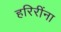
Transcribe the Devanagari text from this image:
हरिरींना